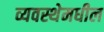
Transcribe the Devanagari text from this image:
व्यवस्थेमधील